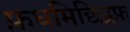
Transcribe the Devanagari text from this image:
फ़धमिछिद्रफ़